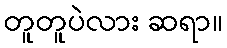
တူတူပဲလား ဆရာ။